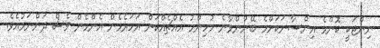
ނިންޖަކީ ކޮންމެ އިންސާނަކަށްމެ ބޭނުންވާނެ މުހިންމު އެއްޗެއްކަން އަހަރެމެން އެންމެން ވެސް ދަންނަމުއެވެ.